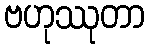
ဗဟုဿုတာ